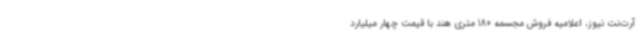
آرت‌نت نیوز، اعلامیه فروش مجسمه 180 متری هند با قیمت چهار میلیارد